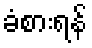
ခံစားရန်